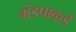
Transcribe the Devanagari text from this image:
मंडपाकडे